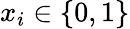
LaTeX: x_{i}\in\{ 0,1\}